Indian journal of veterinary science and animal husbandry - Volume 1,
Year: 1931
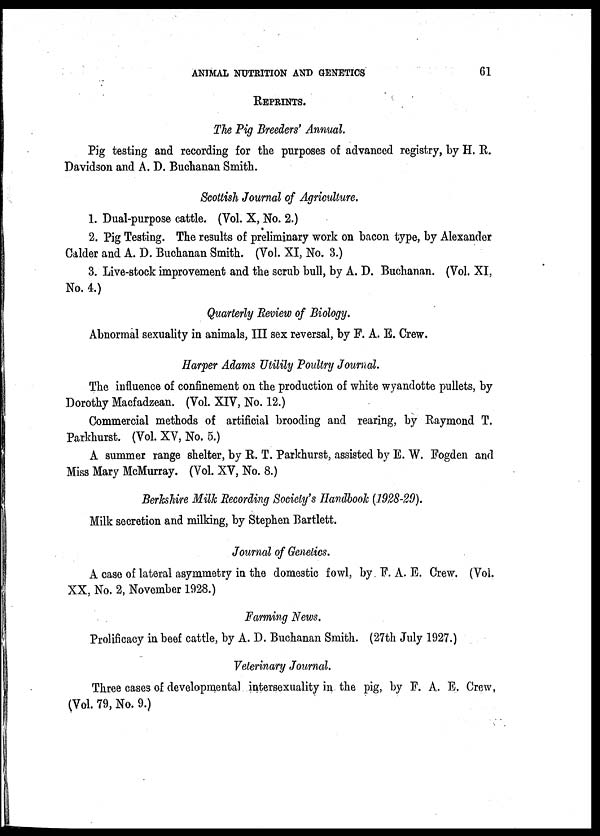
ANIMAL NUTRITION AND GENETICS 61
REPRINTS.
The Pig Breeders' Annual.
Pig testing and recording for the purposes of advanced registry, by H. R.
Davidson and A. D. Buchanan Smith.
Scottish Journal of Agriculture.
1. Dual-purpose cattle. (Vol. X, No. 2.)
2. Pig Testing. The results of preliminary work on bacon type, by Alexander
Calder and A. D. Buchanan Smith. (Vol. XI, No. 3.)
3. Live-stock improvement and the scrub bull, by A. D. Buchanan. (Vol. XI,
No. 4.)
Quarterly Review of Biology.
Abnormal sexuality in animals, III sex reversal, by F. A. E. Crew.
Harper Adams Utilily Poultry Journal.
The influence of confinement on the production of white wyandotte pullets, by
Dorothy Macfadzean. (Vol. XIV, No. 12.)
Commercial methods of artificial brooding and rearing, by Raymond T.
Parkhurst. (Vol. XV, No. 5.)
A summer range shelter, by R. T. Parkhurst, assisted by E. W. Fogden and
Miss Mary McMurray. (Vol. XV, No. 8.)
Berkshire Milk Recording Society's Handbook (1928-29).
Milk secretion and milking, by Stephen Bartlett.
Journal of Genetics.
A case of lateral asymmetry in the domestic fowl, by F. A. E. Crew. (Vol.
XX, No. 2, November 1928.)
Farming News.
Prolificacy in beef cattle, by A. D. Buchanan Smith. (27th July 1927.)
Veterinary Journal.
Three cases of developmental intersexuality in the pig, by F. A. E. Crew,
(Vol. 79, No. 9.)